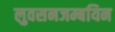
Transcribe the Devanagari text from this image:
लुवसनजम्बयिन